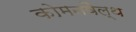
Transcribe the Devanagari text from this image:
कोमनवैल्थ